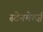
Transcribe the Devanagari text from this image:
स्टेनमेर्त्ज़